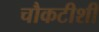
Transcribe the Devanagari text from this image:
चौकटीशी